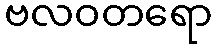
ဗလဝတရော